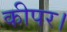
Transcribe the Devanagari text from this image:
कीपर।